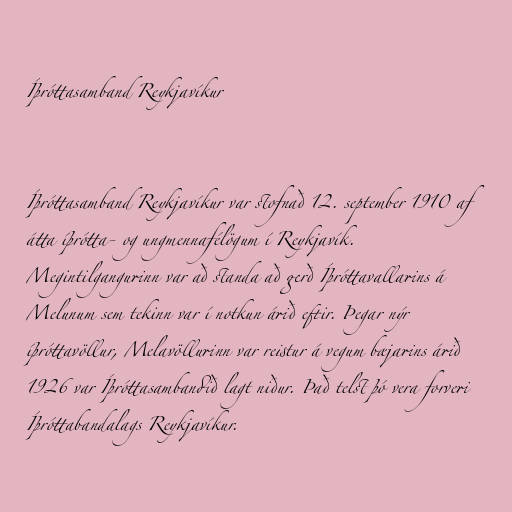
Íþróttasamband Reykjavíkur

Íþróttasamband Reykjavíkur var stofnað 12. september 1910 af
átta íþrótta- og ungmennafélögum í Reykjavík.
Megintilgangurinn var að standa að gerð Íþróttavallarins á
Melunum sem tekinn var í notkun árið eftir. Þegar nýr
íþróttavöllur, Melavöllurinn var reistur á vegum bæjarins árið
1926 var Íþróttasambandið lagt niður. Það telst þó vera forveri
Íþróttabandalags Reykjavíkur.